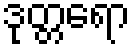
ဒုတ္တရော